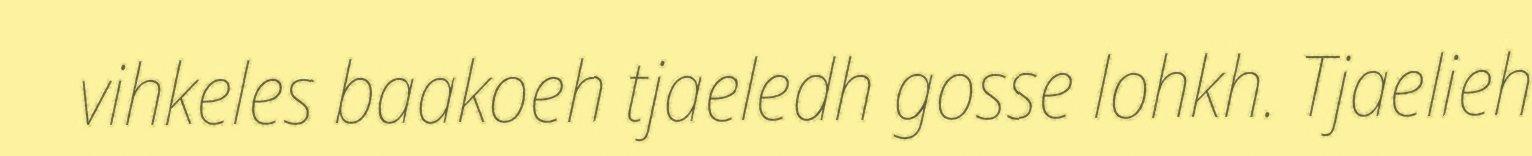
vihkeles baakoeh tjaeledh gosse lohkh. Tjaelieh